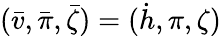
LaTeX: (\bar{v},\bar{\pi},\bar{\zeta})=(\dot{h},\pi,\zeta)